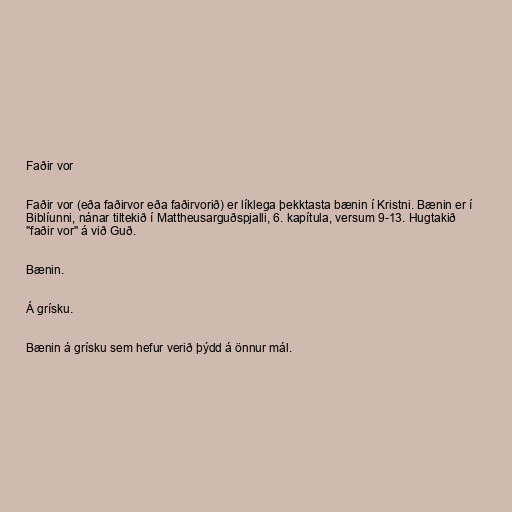
Faðir vor

Faðir vor (eða faðirvor eða faðirvorið) er líklega þekktasta bænin í Kristni. Bænin er í
Biblíunni, nánar tiltekið í Mattheusarguðspjalli, 6. kapítula, versum 9-13. Hugtakið
"faðir vor" á við Guð.

Bænin.

Á grísku.

Bænin á grísku sem hefur verið þýdd á önnur mál.